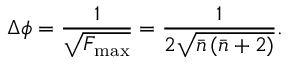
\Delta \phi = \frac { 1 } { \sqrt { F _ { \operatorname* { m a x } } } } = \frac { 1 } { 2 \sqrt { \bar { n } \left( \bar { n } + 2 \right) } } .